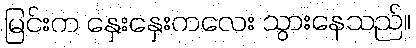
မြင်းက နှေးနှေးကလေး သွားနေသည်။